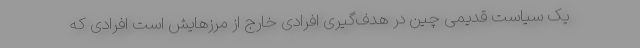
یک سیاست قدیمی چین در هدف‌گیری افرادی خارج از مرزهایش است افرادی که